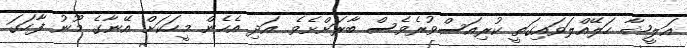
އަލީޝާ ހަލޭއްލަވައިގަތީ ކުރިއަސްވުރެވެސް ބާރަށްށެވެ. އަދި އެހެން މީހަކަށް އޭނާގެ މޫނު ފާހަގަ